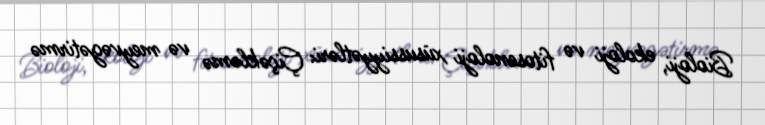
Bioloji, ekoloji və fitosenoloji xüsussiyyətləri: Çiçəkləmə və meyvəgətirmə